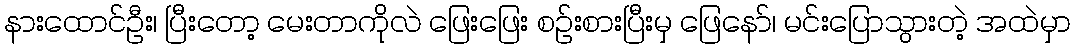
နားထောင်ဦး၊ ပြီးတော့ မေးတာကိုလဲ ဖြေးဖြေး စဉ်းစားပြီးမှ ဖြေနော်၊ မင်းပြောသွားတဲ့ အထဲမှာ